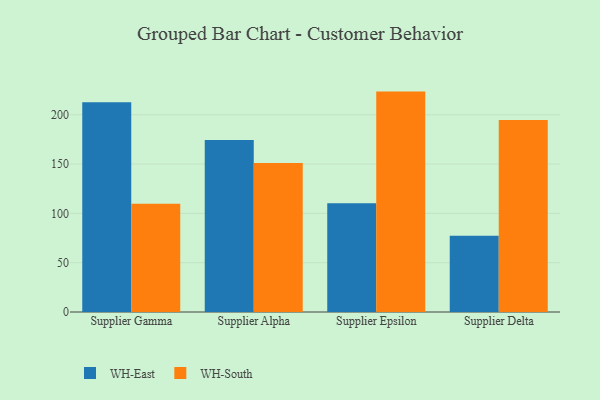
{"axis": {"x": "Supplier", "y": "Demand Index"}, "legend": ["WH-East", "WH-South"], "data": [{"x": "Supplier Gamma", "y": 212.6, "type": "WH-East"}, {"x": "Supplier Gamma", "y": 109.8, "type": "WH-South"}, {"x": "Supplier Alpha", "y": 174.3, "type": "WH-East"}, {"x": "Supplier Alpha", "y": 151.2, "type": "WH-South"}, {"x": "Supplier Epsilon", "y": 110.2, "type": "WH-East"}, {"x": "Supplier Epsilon", "y": 223.5, "type": "WH-South"}, {"x": "Supplier Delta", "y": 77.4, "type": "WH-East"}, {"x": "Supplier Delta", "y": 194.7, "type": "WH-South"}]}